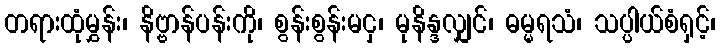
တရားထုံမွှန်း၊ နိဗ္ဗာန်ပန်းကို၊ စွန်းစွန်းမငှ၊ မုနိန္ဒလျှင်၊ ဓမ္မရသံ၊ သပ္ပါယ်စံရှင့်၊